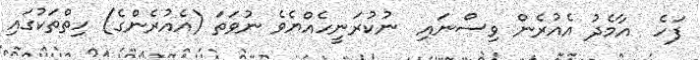
ފަހެ  އާމެދު އެއުރެން ވިސްނައި  ނުކުރަނީހެއްޔެވެ ނުވަތަ (އެއުރެންގެ) ހިތްތަކުގައި